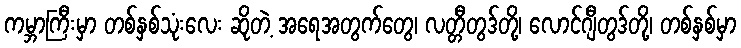
ကမ္ဘာကြီးမှာ တစ်နှစ်သုံးလေး ဆိုတဲ့ အရေအတွက်တွေ၊ လတ္တီတွဒ်တို့၊ လောင်ဂျီတွဒ်တို့၊ တစ်နှစ်မှာ